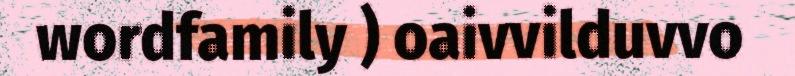
wordfamily ) oaivvilduvvo